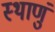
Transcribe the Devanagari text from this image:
स्थाणुं